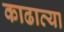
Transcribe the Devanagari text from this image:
काढाव्या